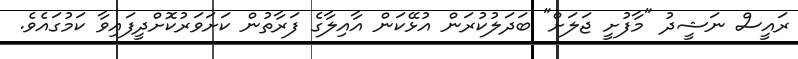
ރައީސް ނަޝީދު "މާފުށީ ޖަލަށް" ބަދަލުކުރަން އުޅޭކަން އާއިލާގެ ފަރާތުން ކަށަވަރުކޮށްދީފައިވާ ކަމުގައެވެ.